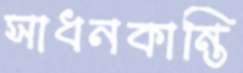
সাধনকান্তি